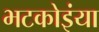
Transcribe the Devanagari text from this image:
भटकोइंया